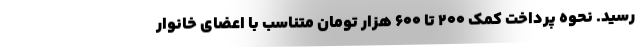
رسید. نحوه پرداخت کمک ۲۰۰ تا ۶۰۰ هزار تومان متناسب با اعضای خانوار